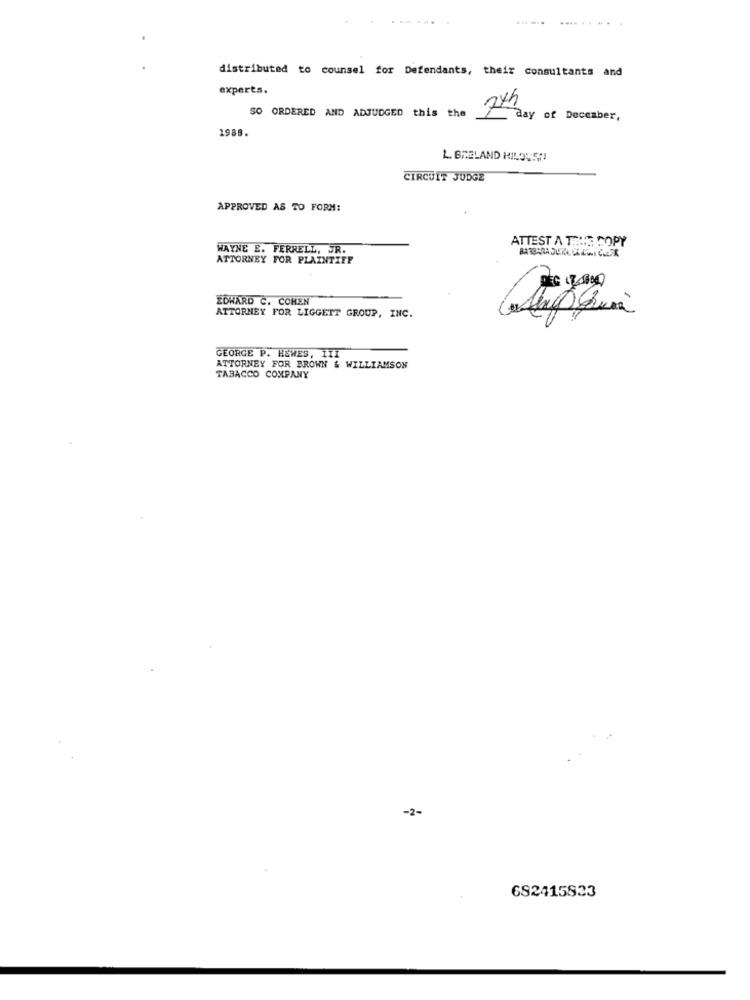
.-.. .
distributed to counsel for Defendants, their consultants and
experts.
SO ORDERED AND ADJUDGED this the
7th day of December,
1988.
L. GIRELAND KILOLS !!
CIRCUIT JUDGE
APPROVED AS TO FORM:
ATTEST A THUR COPY
WAYNE E. FERRELL, JR.
ATTORNEY FOR PLAINTIFF
EDWARD C. COHEN
ATTORNEY FOR LIGGETT GROUP, INC.
GEORGE P. HEWES, III
ATTORNEY FOR BROWN & WILLIAMSON
TABACCO COMPANY
-2-
682415823